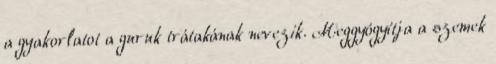
a gyakorlatot a guruk trátakának nevezik. Meggyógyítja a szemek